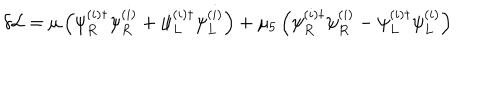
\delta { \cal L } = \mu \left( \psi _ { R } ^ { ( i ) \dagger } \psi _ { R } ^ { ( i ) } + \psi _ { L } ^ { ( i ) \dagger } \psi _ { L } ^ { ( i ) } \right) + \mu _ { 5 } \left( \psi _ { R } ^ { ( i ) \dagger } \psi _ { R } ^ { ( i ) } - \psi _ { L } ^ { ( i ) \dagger } \psi _ { L } ^ { ( i ) } \right)